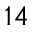
1 4